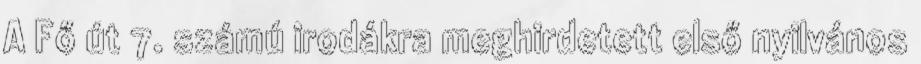
A Fő út 7. számú irodákra meghirdetett első nyilvános